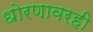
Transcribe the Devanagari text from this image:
धोरणावरही